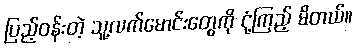
ပြည့်ဝန်းတဲ့ သူ့လက်မောင်းတွေကို ငုံ့ကြည့် မိတယ်။